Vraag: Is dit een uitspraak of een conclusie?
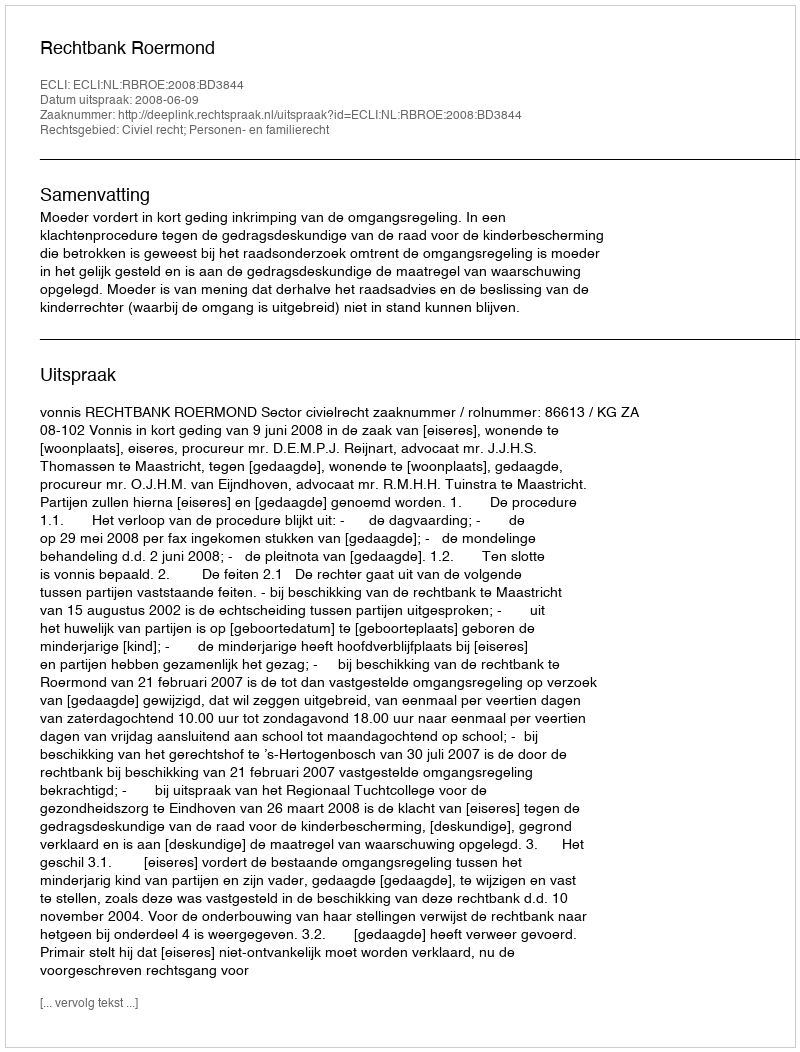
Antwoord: Uitspraak